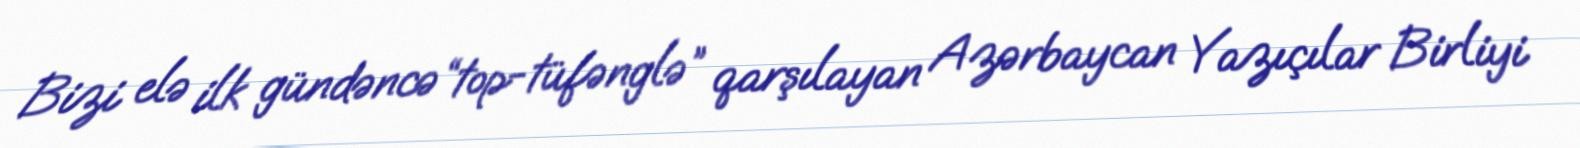
Bizi elə ilk gündəncə “top-tüfənglə” qarşılayan Azərbaycan Yazıçılar Birliyi